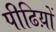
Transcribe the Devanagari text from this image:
पीढिय़ों